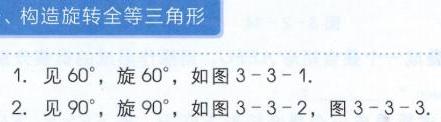
、构造旋转全等三角形
1. 见 \(60^{\circ}\)，旋 \(60^{\circ}\)，如图 \(3 - 3 - 1\).
2. 见 \(90^{\circ}\)，旋 \(90^{\circ}\)，如图 \(3 - 3 - 2\)，图 \(3 - 3 - 3\).